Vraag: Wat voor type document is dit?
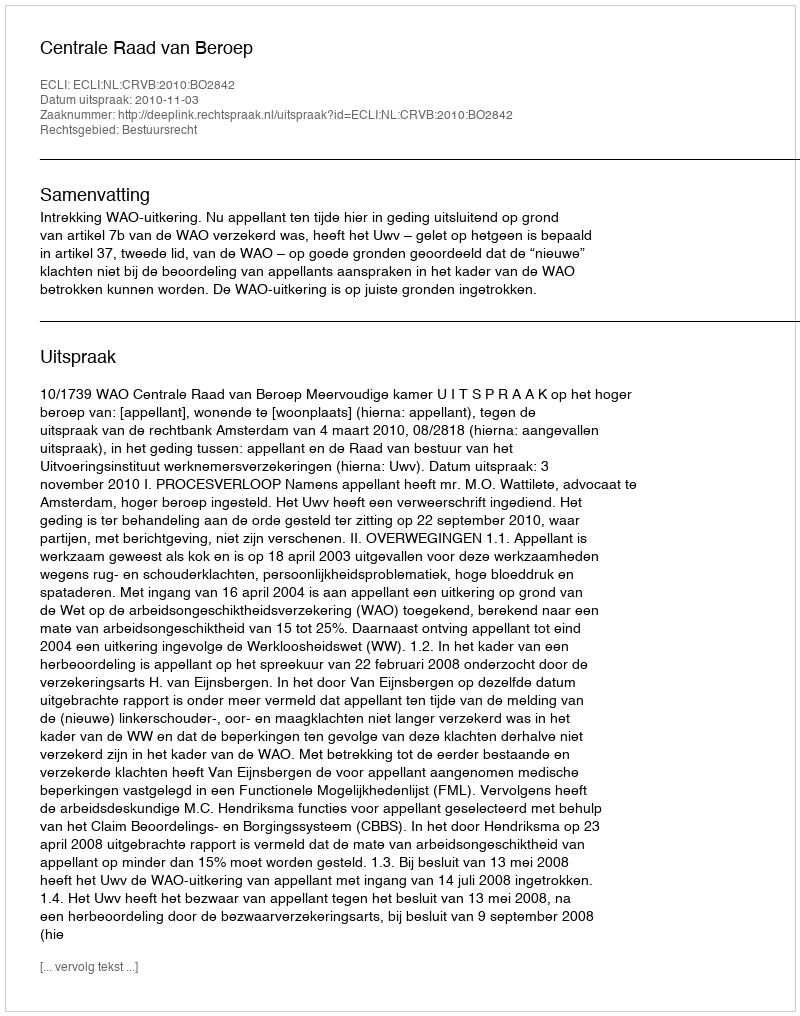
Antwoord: Uitspraak